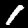
Digit: 1